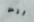
انت